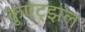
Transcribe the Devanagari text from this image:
कुएट्झल